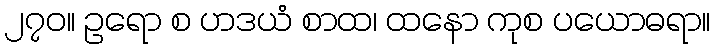
၂၇၀။ ဥရော စ ဟဒယံ စာထ၊ ထနော ကုစ ပယောဓရာ။